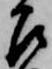
召